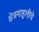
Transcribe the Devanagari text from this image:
क्षेत्रमाहुलीचे